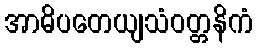
အာဓိပတေယျသံဝတ္တနိကံ